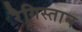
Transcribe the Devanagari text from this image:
रैगिस्तान